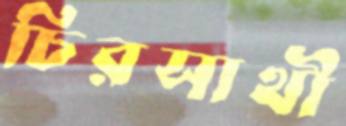
চিরসাথী